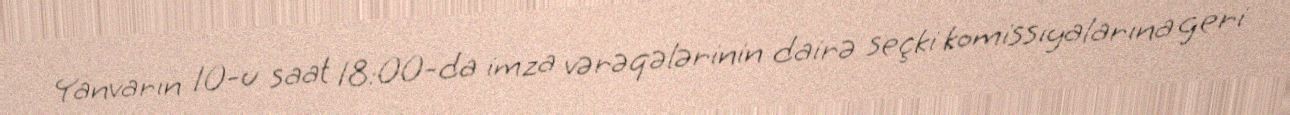
Yanvarın 10-u saat 18:00-da imza vərəqələrinin dairə seçki komissiyalarına geri